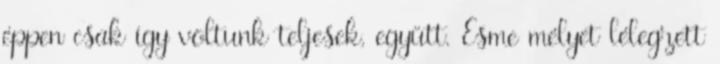
éppen csak így voltunk teljesek, együtt. Esme mélyet lélegzett